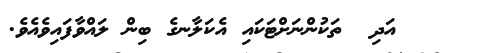
١٠    އަދި  ތަކުންނަށްޓަކައި އެކަލާނގެ ބިން ލައްވާފައިވެއެވެ.